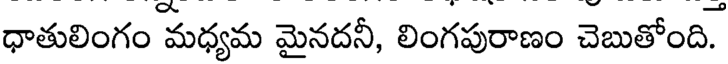
ధాతులింగం మధ్యమ మైనదనీ, లింగపురాణం చెబుతోంది.